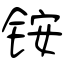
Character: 铵